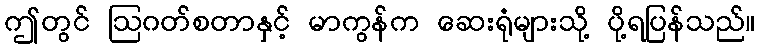
ဤတွင် ဩဂတ်စတာနှင့် မာကွန်က ဆေးရုံများသို့ ပို့ရပြန်သည်။